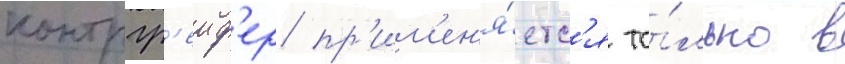
контргр'еиф'ер пр'им'ен'я́етс'я то́лько в